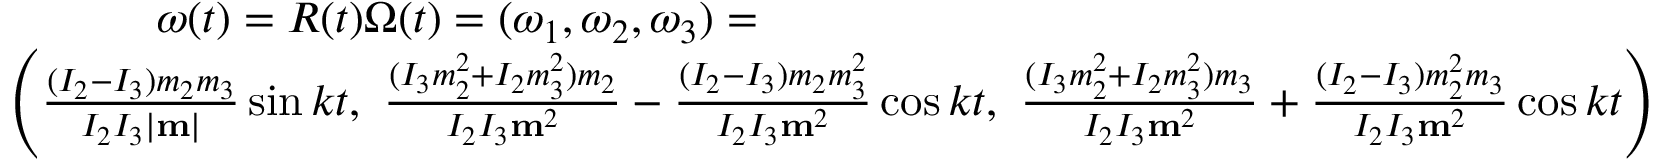
\begin{array} { r } { { \boldsymbol \omega } ( t ) = R ( t ) { \boldsymbol \Omega } ( t ) = ( \omega _ { 1 } , \omega _ { 2 } , \omega _ { 3 } ) = \qquad \qquad \qquad \qquad \qquad \qquad \qquad \qquad \qquad \qquad } \\ { \left( \frac { ( I _ { 2 } - I _ { 3 } ) m _ { 2 } m _ { 3 } } { I _ { 2 } I _ { 3 } | { \bf m } | } \sin k t , ~ \frac { ( I _ { 3 } m _ { 2 } ^ { 2 } + I _ { 2 } m _ { 3 } ^ { 2 } ) m _ { 2 } } { I _ { 2 } I _ { 3 } { \bf m } ^ { 2 } } - \frac { ( I _ { 2 } - I _ { 3 } ) m _ { 2 } m _ { 3 } ^ { 2 } } { I _ { 2 } I _ { 3 } { \bf m } ^ { 2 } } \cos k t , ~ \frac { ( I _ { 3 } m _ { 2 } ^ { 2 } + I _ { 2 } m _ { 3 } ^ { 2 } ) m _ { 3 } } { I _ { 2 } I _ { 3 } { \bf m } ^ { 2 } } + \frac { ( I _ { 2 } - I _ { 3 } ) m _ { 2 } ^ { 2 } m _ { 3 } } { I _ { 2 } I _ { 3 } { \bf m } ^ { 2 } } \cos k t \right) } \end{array}